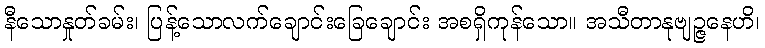
နီသောနှုတ်ခမ်း၊ ပြန့်သောလက်ချောင်းခြေချောင်း အစရှိကုန်သော။ အသီတာနုဗျဉ္ဇနေဟိ၊